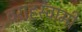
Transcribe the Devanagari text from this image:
वराहस्‍वामी